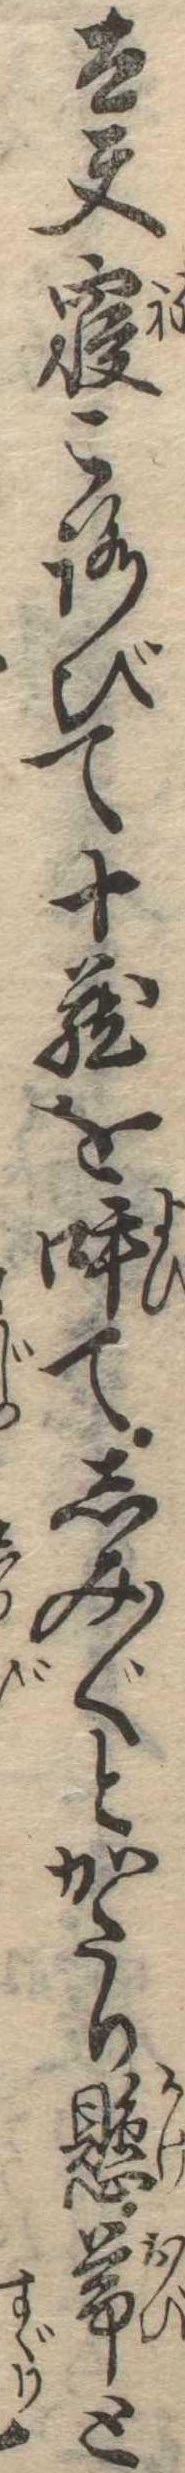
太夫寝ころびて十蔵を呼てしみ〲とかたり懸帯と